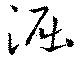
淈